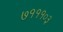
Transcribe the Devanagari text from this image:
७१११०३